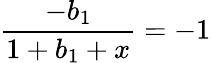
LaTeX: {\frac{-b_{1}}{1+b_{1}+x}}=-1